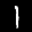
Label: 1